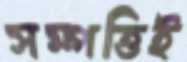
সম্পত্তিই